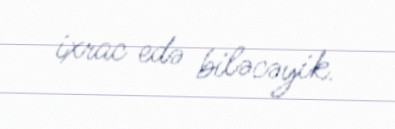
ixrac edə biləcəyik.